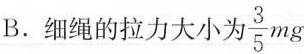
B.细绳的拉力大小为\frac{3}{5}mg